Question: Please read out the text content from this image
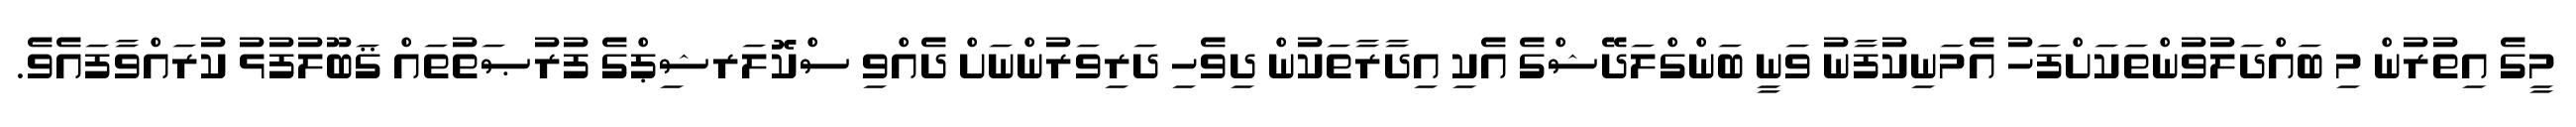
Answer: މީގެ އިތުރުން މި ބައްދަލުވުންތަކަށްފަހު އެމަނިކުފާނު ވަނީ ބަންގްލަދޭޝްގެ އެކި އިދާރާތަކުން ދިވެހި ދަރިވަރުންނަށް ދެއްވި ސްކޮލަރޝިޕްގެ ފުރުޞަތުތައް ޤަބޫލުފުޅު ކުރައްވާފައެވެ.